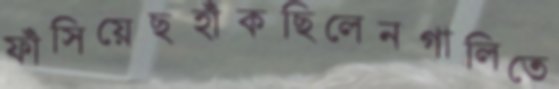
ফাঁসিয়েছহাঁকছিলেনগালিতে